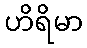
ဟိရိမာ